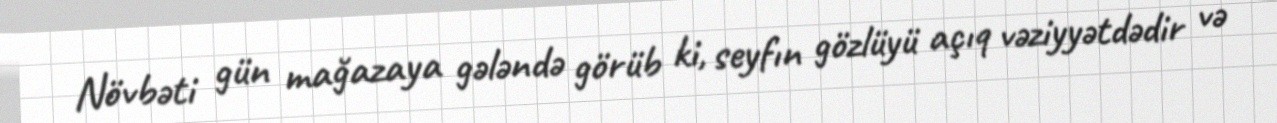
Növbəti gün mağazaya gələndə görüb ki, seyfın gözlüyü açıq vəziyyətdədir və